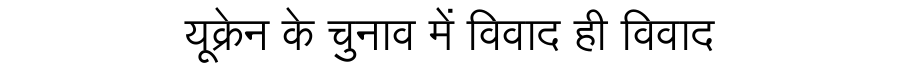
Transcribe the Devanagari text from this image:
यूक्रेन के चुनाव में विवाद ही विवाद